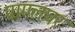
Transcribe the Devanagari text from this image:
पागलघर